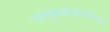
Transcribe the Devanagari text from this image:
अनुभवांसाठीच्या